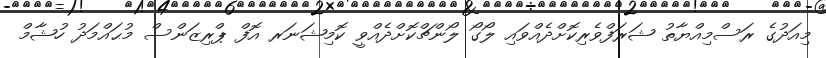
މިއަދުގެ ރަސްމިއްޔާތު ޝަރަފްވެރިކޮށްދެއްވައި ލޯގޯ ލޯންޗްކޮށްދެއްވީ ކޮމިޝަނަރ އޮފް ޕްރިޒަންސް މުޙައްމަދު ހުޝާމް